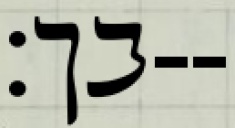
בך׃--